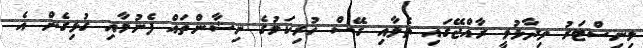
މިނިސްޓަރު ވިދާޅުވީ ރާއްޖޭގައި ތެލާއި ގޭސް ހުރިކަމުގެ ނިޝާންތައް ފެނުމާއި ގުޅިގެން އެ